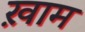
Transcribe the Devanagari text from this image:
ख़ाम